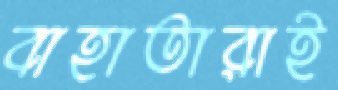
বাহাতারাই